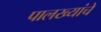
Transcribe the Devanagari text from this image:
पालख्यांचे